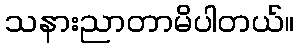
သနားညာတာမိပါတယ်။